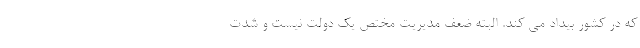
که در کشور بیداد می کند. البته ضعف مدیریت مختص یک دولت نیست و شدت